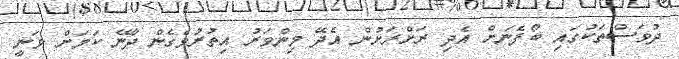
ދުވަސްތަކުގައި ބޯފެނަށް އެދި ރަށްރަށުން އެދޭ މިންވަރު އިތުރުވެގެން ދާނޭ ކަމަށް ވަނީ